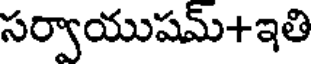
సర్వాయుషమ్+ఇతి